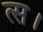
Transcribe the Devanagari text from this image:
त्स।